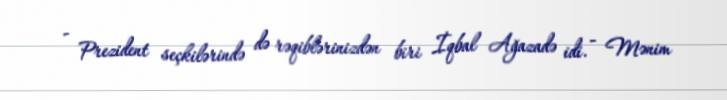
- Prezident seçkilərində də rəqiblərinizdən biri İqbal Ağazadə idi. - Mənim